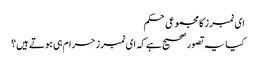
ای نمبرز کا مجموعی حکم
کیا یہ تصور صحیح ہے کہ ای نمبرز حرام ہی ہوتے ہیں؟